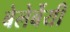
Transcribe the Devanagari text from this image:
बेलेर्बेयी